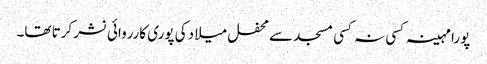
پورا مہینہ کسی نہ کسی مسجد سے محفل میلا دکی پوری کارروائی نشر کرتا تھا۔